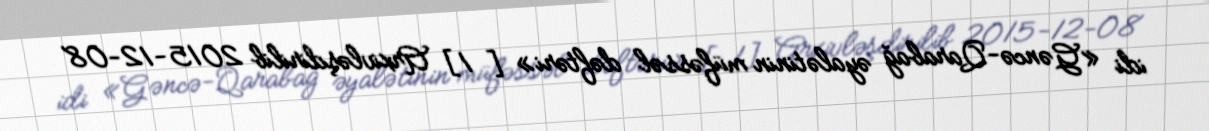
idi «Gəncə-Qarabağ əyalətinin müfəssəl dəftəri» [1] Arxivləşdirilib 2015-12-08